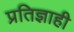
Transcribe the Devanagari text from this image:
प्रतिज्ञाही